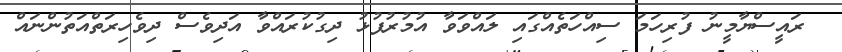
ރައީސްޔާމީނު ފުރިހަމަ ސިއްހަތެއްގައި ލައްވަވާ އުމުރުފުޅު ދިގުކުރައްވާ އަދިވެސް ދިވެހިރަތްއަތުންނައް